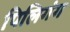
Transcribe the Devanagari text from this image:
पिलिगंग